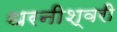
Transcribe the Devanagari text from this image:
धरनीश्वरी